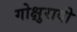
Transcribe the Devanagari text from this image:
गोक्षुरादी